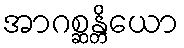
အာဂစ္ဆန္တိယော